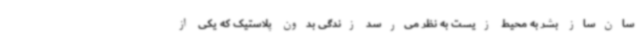
سان‌ساز بشر به محیط زیست به نظر می‌رسد زندگی بدون پلاستیک که یکی از